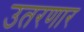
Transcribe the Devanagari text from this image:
उतरणार